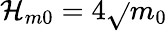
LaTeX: \mathcal{H}_{m0}=4\sqrt{}{{m_{0}}}